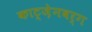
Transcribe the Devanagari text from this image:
काट्ज़ेनबर्ग